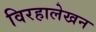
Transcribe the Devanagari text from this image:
विरहालेखन